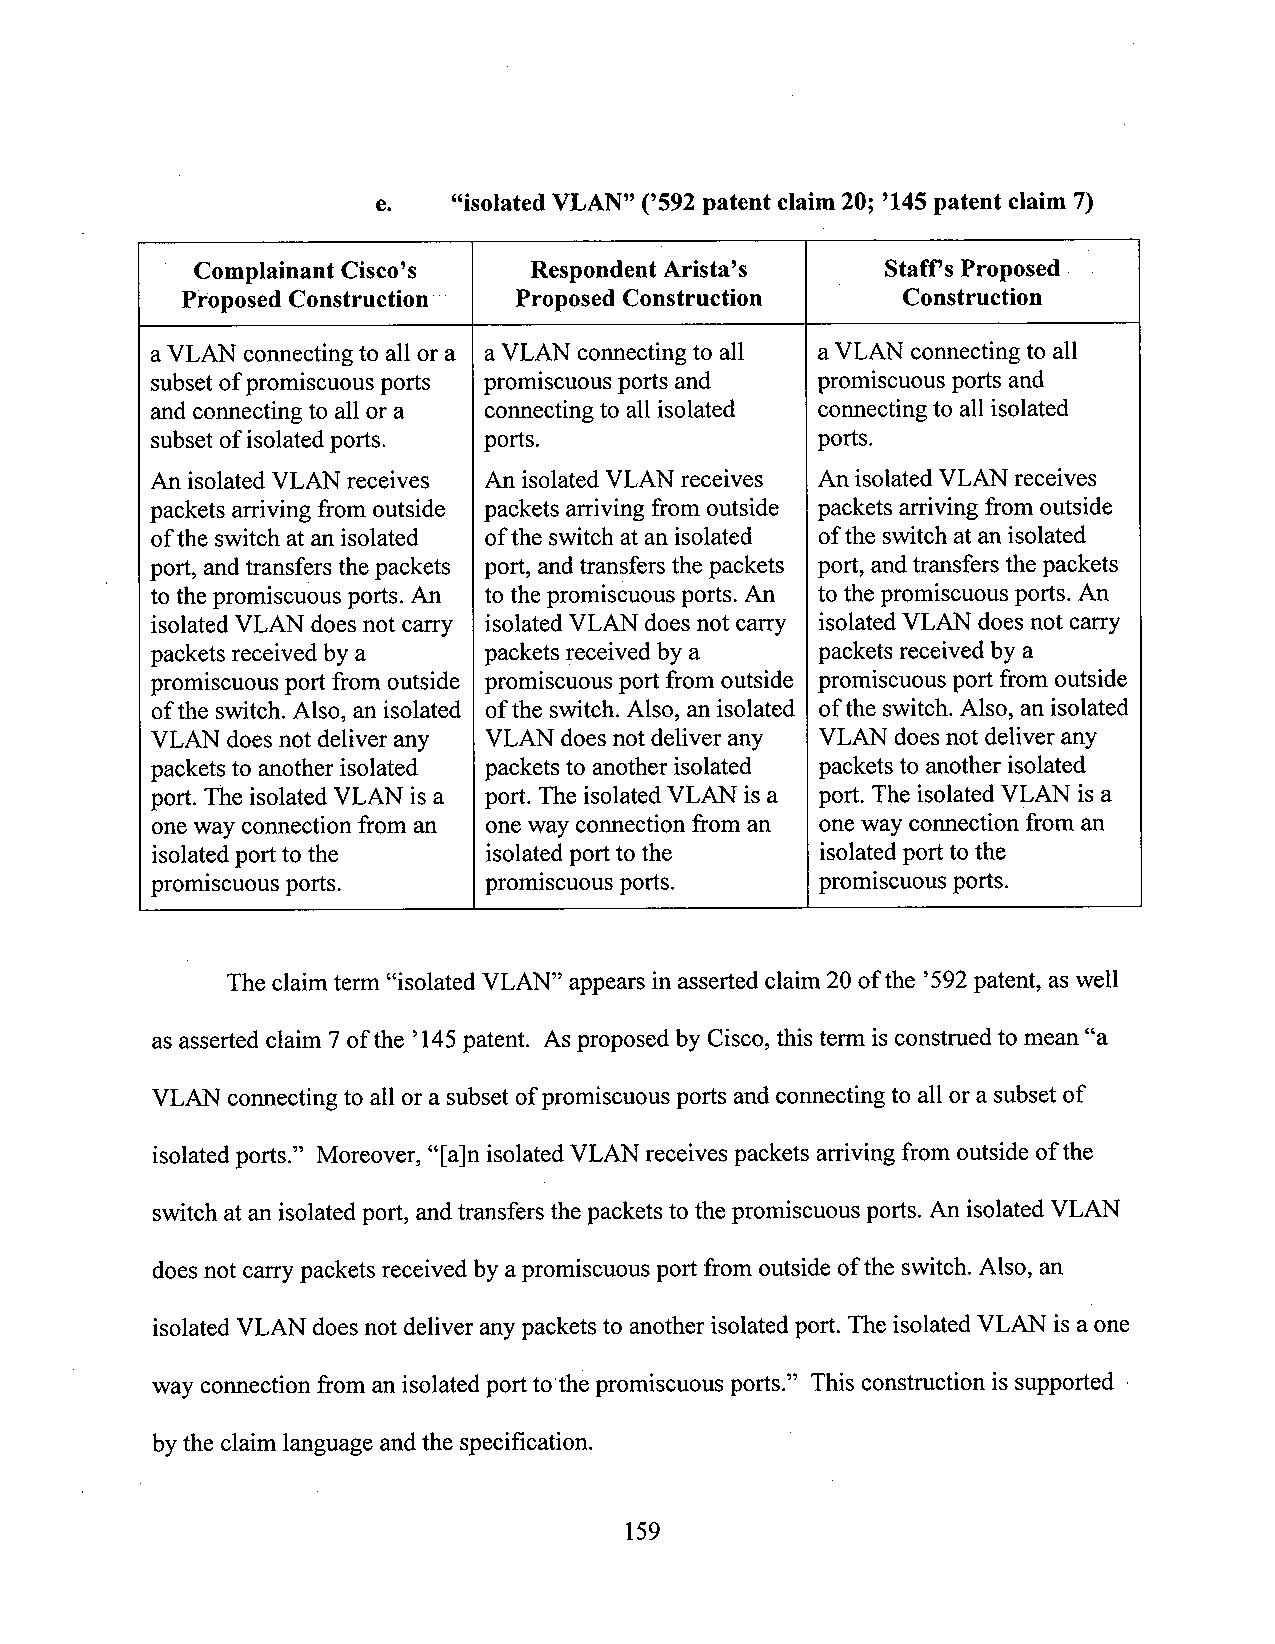
e.   “isolated VLAN” (’592patent claim 20; ’145patent claim 7)
 Complainant Cisc0’s   Respondent Arista’s  I  Staff’s Proposed - ­
 Proposed Construction ' Proposed Construction   Construction
 aVLAN connecting to all or a aVLAN connecting to all aVLAN connecting to all
 subsetofpromiscuous ports promiscuous ports and promiscuous ports and
 and connecting to all or a connecting to all isolated connecting to all isolated
 subset ofisolatedports. ports.              ports.
 An isolated VLAN receives An isolatedVLAN receives An isolatedVLAN receives
 packets arriving from outside packets arriving from outside packets arriving from outside
 ofthe switch at an isolated ofthe switch at an isolated ofthe switch at an isolated
 port, andtransfers thepackets port, andtransfers the packets port, andtransfers the packets
 to thepromiscuous ports. An to the promiscuous ports. An to thepromiscuous ports. An
 isolated VLAN does not carry isolated VLAN does not carry isolated VLAN does not carry
 packets received bya  packets received by a packets received by a
 promiscuous port from outside promiscuous port from outside promiscuous port fromoutside
 ofthe switch. Also, an isolated ofthe switch. Also, an isolated ofthe switch. Also, an isolated
 VLAN doesnot deliver any VLAN does not deliver any VLAN doesnot deliver any
 packets to another isolated packets to another isolated packets to another isolated
 port. The isolated VLAN is a port. The isolated VLAN is a port. The isolated VLAN is a
 oneway connection from an one way connection from an oneway connection from an
 isolated port to the  isolatedport to the   isolated port tothe
 promiscuous ports.    promiscuous ports.    promiscuous ports.
 The claim term “isolated VLAN” appears in asserted claim 20of the ’592patent, as well
 as asserted claim 7 ofthe ’145patent. Asproposed by Cisco, this term isconstrued to mean “a
 VLAN connecting to all or a subset ofpromiscuous ports andconnecting to all ora subset of
 isolatedports.” Moreover, “[a]n isolatedVLAN receives packets arriving from outside ofthe
 switch atan isolated port, andtransfers thepackets to the promiscuous ports. An isolated VLAN
 doesnot carrypackets received by apromiscuous port from outside ofthe switch. Also, an
 isolated VLAN does not deliver any packets to another isolated port. The isolated VLAN is a one
 wayconnection from anisolated port tothe promiscuous ports.” This construction is supported ­
 bythe claim language andthe specification.
 159